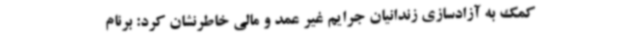
کمک به آزادسازی زندانیان جرایم غیر عمد و مالی خاطرنشان کرد: برنام